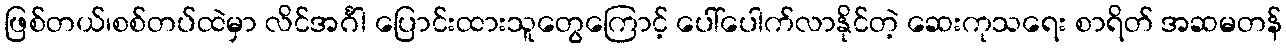
ဖြစ်တယ်၊စစ်တပ်ထဲမှာ လိင်အင်္ဂါ ပြောင်းထားသူတွေကြောင့် ပေါ်ပေါက်လာနိုင်တဲ့ ဆေးကုသရေး စာရိတ် အဆမတန်